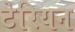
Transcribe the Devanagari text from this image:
टेरियन